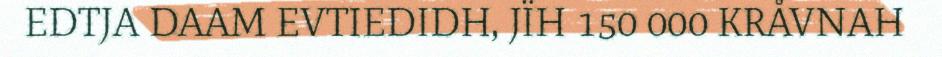
EDTJA DAAM EVTIEDIDH, JÏH 150 000 KRÅVNAH